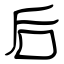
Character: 后